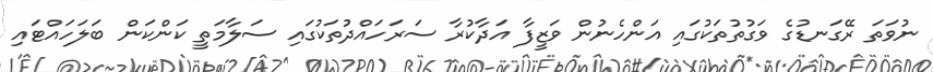
ނުވަތަ ރޭގަނޑުގެ ވަގުތުތަކުގައި އަންހެނުން ވަޒީފާ އަދާކުރާ ސަރަހައްދުތަކުގައި ސަލާމަތީ ކަންކަން ބަލަހައްޓައި